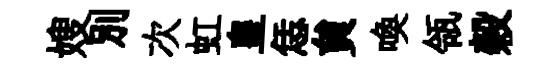
嫂別次虹皇恁貟喚瓴榖